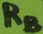
Text: RB